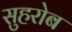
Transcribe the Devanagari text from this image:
सुहरोब